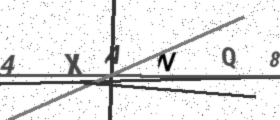
Text: 4XANQ8